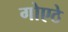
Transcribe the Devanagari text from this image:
गोएठे